Annual report of the Imperial Bacteriological Laboratory, Muktesar
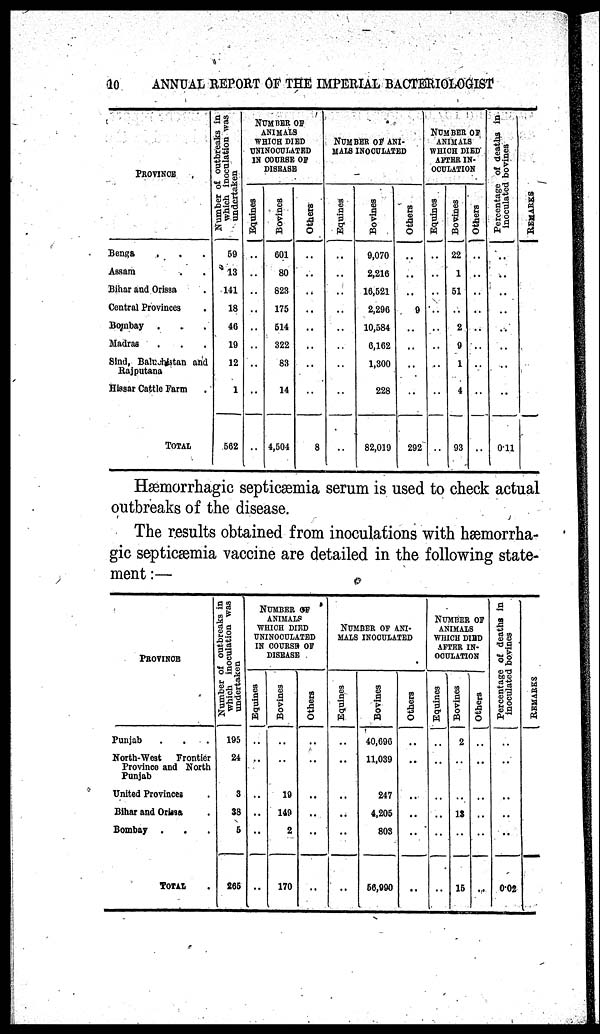
10
ANNUAL REPORT OF THE IMPERIAL BACTERIOLOGIST
PROVINCE
Bengal
Assam
Bihar and Orissa
Central Provinces
Bombay
Madras
Sind, Baluchistan and
Rajputana
Hissar Cattle Farm
TOTAL
Number of outbreaks in
which inoculation was
undertaken
59
13
141
18
46
19
12
1
562
NUMBER OF
ANIMALS
WHICH DIED
UNINOCULATED
IN COURSE OF
DISEASE
Equines
..
..
..
..
..
..
..
..
..
Bovines
601
80
823
175
514
322
83
14
4,504
Others
..
..
..
..
..
..
..
..
8
NUMBER OF ANI¬
MALS INOCULATED
Equines
..
...
..
..
..
..
..
..
..
Bovines
9,070
2,216
16,521
2,296
10,584
6,162
1,300
228
82,019
Others
..
..
..
9
..
..
..
..
292
NUMBER OF
ANIMALS
WHICH DIED
AFTER IN¬
OCULATION
Equines
..
..
..
..
..
..
..
..
..
Bovines
22
1
51
..
2
9
1
4
93
Others
..
..
...
..
..
..
..
..
..
Percentage of deaths in
inoculated bovines
..
..
..
..
..
..
..
..
0.11
REMARKS
Hæmorrhagic septicæmia serum is used to check actual
outbreaks of the disease.
The results obtained from inoculations with hæmorrha¬
gic septicæmia vaccine are detailed in the following state-
ment :—
PROVINCE
Punjab
North-West Frontier
Province and North
Punjab
United Provinces
Bihar and Orissa
Bombay .
.
TOTAL
Number of outbreaks in
which inoculation was
undertaken
195
24
3
38
5
265
NUMBER OF
ANIMALS
WHICH DIED
UNINOCULATED
IN COURSE OF
DISEASE
Equines
..
..
..
..
..
Bovines
..
19
149
2
170
Others
..
..
..
..
..
NUMBER OF ANI¬
MALS INOCULATED
Equines
..
..
..
..
..
Bovines
40,696
11,039
247
4,205
803
56,990
Others
..
..
..
..
..
..
NUMBER OF
ANIMALS
WHICH DIED
AFTER IN-
OCULATION
Equines
..
..
..
..
..
..
Bovines
2
..
..
13
..
15
Others
..
..
..
..
..
..
Percentage of deaths in
inoculated bovines
..
..
0.02
REMARKS